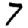
Digit: 7